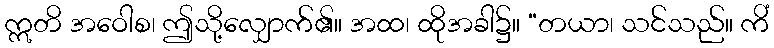
ဣတိ အဝေါစ၊ ဤသို့လျှောက်၏။ အထ၊ ထိုအခါ၌။ “တယာ၊ သင်သည်။ ကိံ